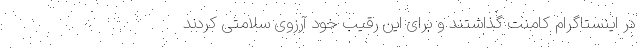
در اینستاگرام کامنت گذاشتند و برای این رقیب خود آرزوی سلامتی کردند